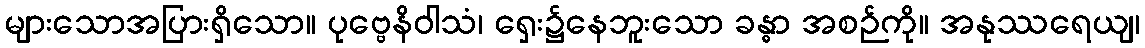
များသောအပြားရှိသော။ ပုဗ္ဗေနိဝါသံ၊ ရှေး၌နေဘူးသော ခန္ဓာ အစဉ်ကို။ အနုဿရေယျ၊